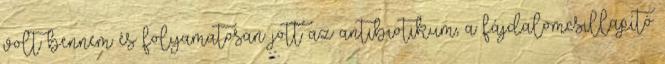
volt bennem és folyamatosan jött az antibiotikum, a fájdalomcsillapító